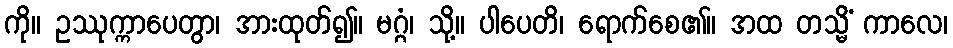
ကို။ ဥဿုက္ကာပေတွာ၊ အားထုတ်၍။ မဂ္ဂံ၊ သို့။ ပါပေတိ၊ ရောက်စေ၏။ အထ တသ္မိံ ကာလေ၊